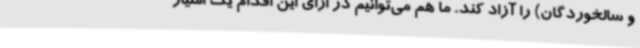
و سالخوردگان) را آزاد کند. ما هم می‌توانیم در ازای این اقدام یک امتیاز